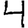
Digit: 4